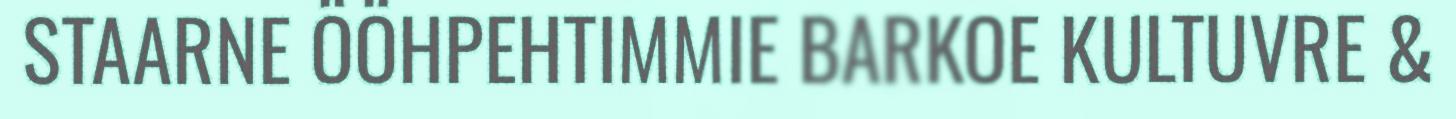
STAARNE ÖÖHPEHTIMMIE BARKOE KULTUVRE &